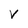
Character: V